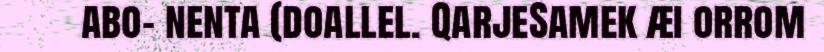
abo- nenta (doallel. QarjeSamek æi orrom